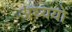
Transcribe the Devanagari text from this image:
अध्ययों